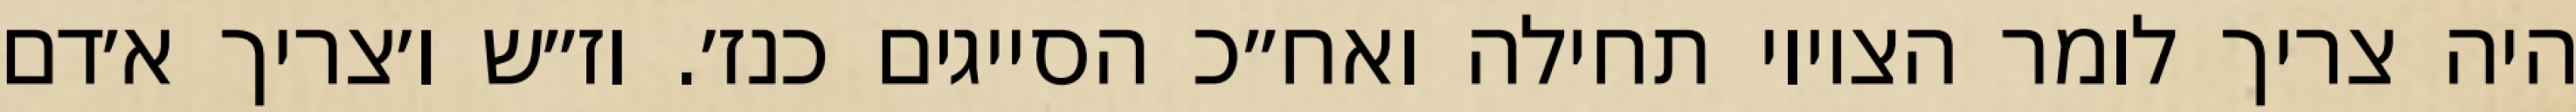
היה צריך לומר הציווי תחילה ואח״כ הסייגים כנז׳. וז״ש ו׳צריך א׳דם